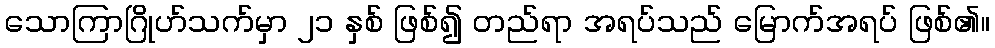
သောကြာဂြိုဟ်သက်မှာ ၂၁ နှစ် ဖြစ်၍ တည်ရာ အရပ်သည် မြောက်အရပ် ဖြစ်၏။